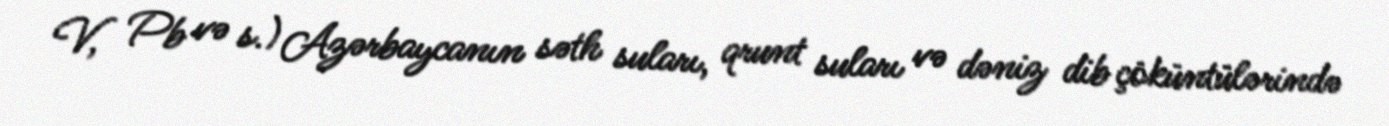
V, Pb və s.) Azərbaycanın səth suları, qrunt suları və dəniz dib çöküntülərində